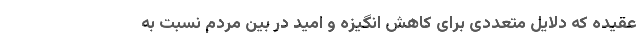
عقیده که دلایل متعددی برای کاهش انگیزه و امید در بین مردم نسبت به